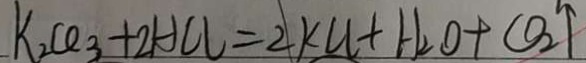
K _ { 2 } C O _ { 3 } + 2 H C l = 2 K C l + H _ { 2 } O + C O _ { 2 } \uparrow